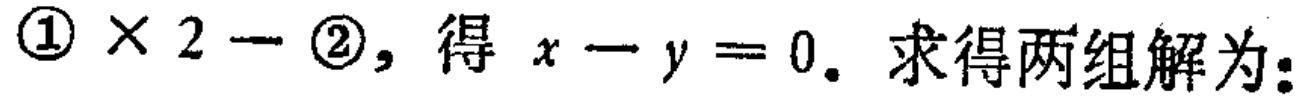
\textcircled{1} \times 2 - \textcircled{2}, 得 \(x - y = 0\). 求得两组解为: